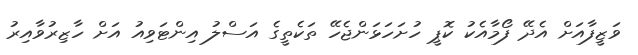
ވަޒީފާއަށް އެދޭ ފޯމާއެކު ކޮޕީ ހުށަހަޅަންޖެހޭ ތަކެތީގެ އަސްލު އިންޓަވިއު އަށް ހާޒިރުވާއިރު